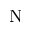
\mathrm { N }